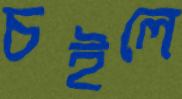
চইলে